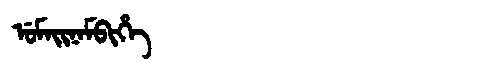
Manchu: ᡠᠮᠠᡳᠨᠠᠮᠪᡳᡥᡝ
Romanization: UMAINAMBIHE